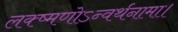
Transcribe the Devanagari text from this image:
लक्ष्मणोऽन्वर्थनामा।